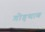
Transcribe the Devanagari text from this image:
गोड्थाब